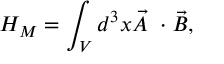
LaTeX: { \cal H } _ { M } = \int _ { V } d ^ { 3 } x \vec { A } ~ \cdot \vec { B } ,